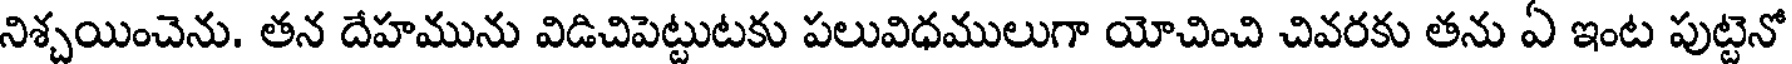
నిశ్చయించెను. తన దేహమును విడిచిపెట్టుటకు పలువిధములుగా యోచించి చివరకు తను ఏ ఇంట పుట్టెనో